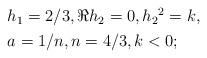
LaTeX: \begin{align*}\begin{aligned}&h_1=2/3,\Re h_2=0,h_2{}^2=k,\\& a=1/n,n=4/3,k<0 ;\end{aligned}\end{align*}